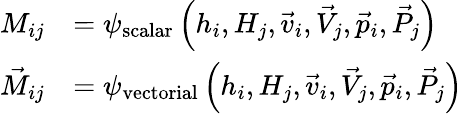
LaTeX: \begin{array}{rl}{M_{ij}}&{=\psi_{\mathrm{scalar}}\left(h_{i},H_{j},\vec{v}_{i},\vec{V}_{j},\vec{p}_{i},\vec{P}_{j}\right)}\\ {\vec{M}_{ij}}&{=\psi_{\mathrm{vectorial}}\left(h_{i},H_{j},\vec{v}_{i},\vec{V}_{j},\vec{p}_{i},\vec{P}_{j}\right)}\end{array}